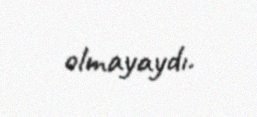
olmayaydı.